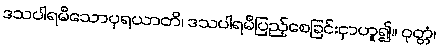
ဒသပါရမီသောပုရယာတိ၊ ဒသပါရမီပြည့်စေခြင်းငှာဟူ၍။ ဝုတ္တံ၊